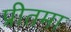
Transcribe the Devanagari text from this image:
प्रीतमा